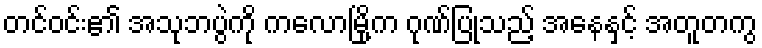
တင်ဝင်း၏ အသုဘပွဲကို ကလောမြို့က ဂုဏ်ပြုသည့် အနေနှင့် အတူတကွ